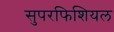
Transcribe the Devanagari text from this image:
सुपरफिशियल